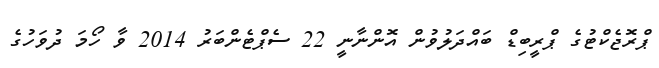
ޕްރޮޖެކްޓުގެ ޕްރީބިޑް ބައްދަލުވުން އޮންނާނީ 22 ސެޕްޓެންބަރު 2014 ވާ ހޯމަ ދުވަހުގެ